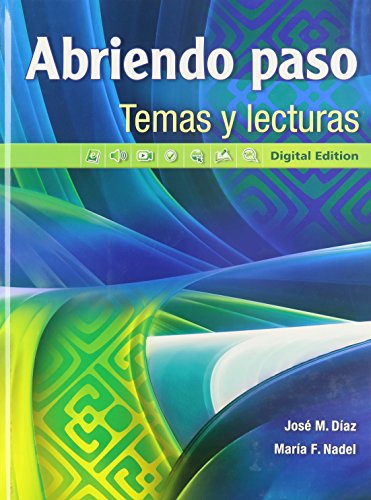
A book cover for Abriendo paso temas y lecturas: Digital Edition (Spanish Edition); Jose M. Diaz; Teen & Young Adult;